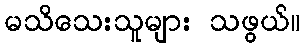
မသိသေးသူများ သဖွယ်။